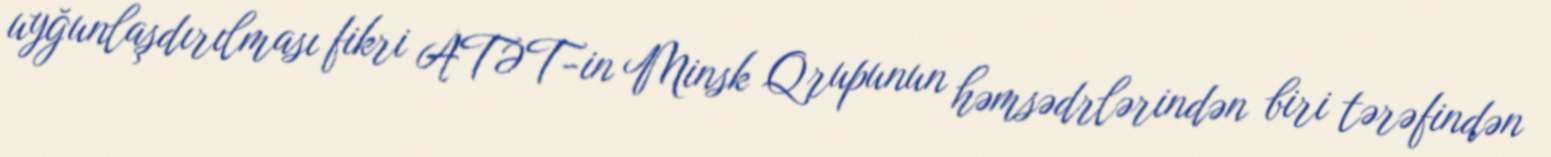
uyğunlaşdırılması fikri ATƏT-in Minsk Qrupunun həmsədrlərindən biri tərəfindən